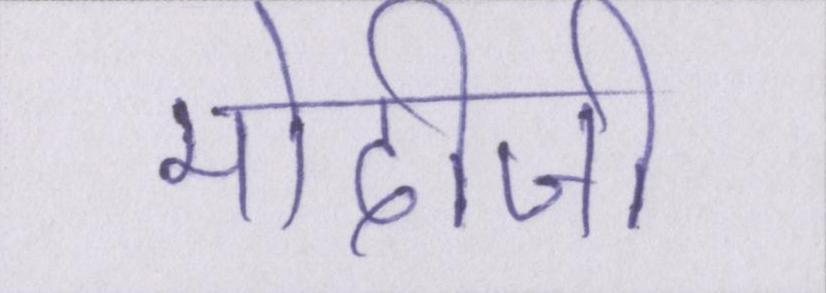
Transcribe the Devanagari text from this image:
मोदीजी